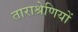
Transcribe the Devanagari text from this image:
ताराश्रेणियों